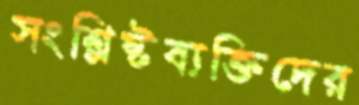
সংশ্লিষ্টব্যক্তিদের